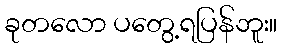
ခုတလော ပတွေ့ရပြန်ဘူး။